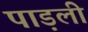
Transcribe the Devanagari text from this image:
पाड़ली